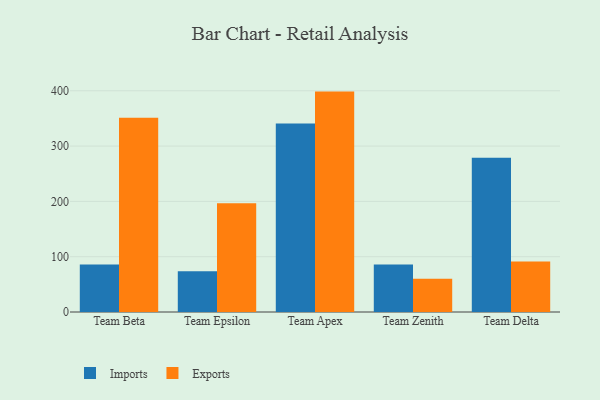
{"axis": {"x": "Team", "y": "Inventory Turnover"}, "legend": ["Exports", "Imports"], "data": [{"x": "Team Beta", "y": 85.7, "type": "Imports"}, {"x": "Team Beta", "y": 351.0, "type": "Exports"}, {"x": "Team Epsilon", "y": 73.6, "type": "Imports"}, {"x": "Team Epsilon", "y": 196.7, "type": "Exports"}, {"x": "Team Apex", "y": 340.9, "type": "Imports"}, {"x": "Team Apex", "y": 398.5, "type": "Exports"}, {"x": "Team Zenith", "y": 85.8, "type": "Imports"}, {"x": "Team Zenith", "y": 60.0, "type": "Exports"}, {"x": "Team Delta", "y": 278.8, "type": "Imports"}, {"x": "Team Delta", "y": 91.5, "type": "Exports"}]}